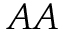
A A